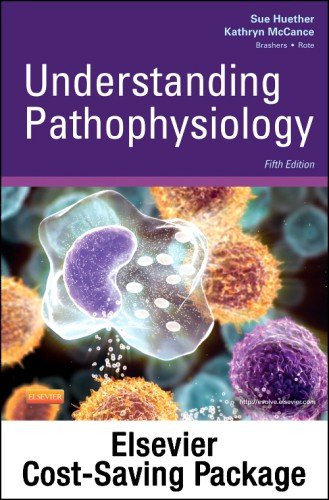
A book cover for Understanding Pathophysiology - Text and Study Guide Package, 5e; Sue E. Huether RN  PhD; Medical Books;